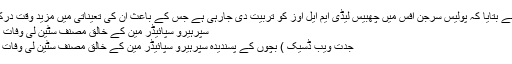
ذرائع نے بتایا کہ پولیس سرجن آفس میں چھبیس لیڈی ایم ایل اوز کو تربیت دی جارہی ہے جس کے باعث ان کی تعیناتی میں مزید وقت درکار ہے
سپرہیرو سپائیڈر مین کے خالق مصنف سٹین لی وفات پا گئے
جدت ویب ڈسیک ) بچوں کے پسندیدہ سپرہیرو سپائیڈر مین کے خالق مصنف سٹین لی وفات پاگئے۔